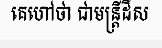
គេហៅថា ជាមន្ត្រីដីស